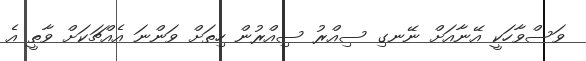
ވަސްވާހަކީ އޭނާއަށް ނޭނގި ސިއްރު ސިއްރުން ހިތަށް ވަންނަ އެއްޗަކަށް ވާތީ އެ